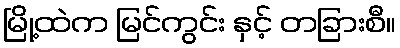
မြို့ထဲက မြင်ကွင်း နှင့် တခြားစီ။